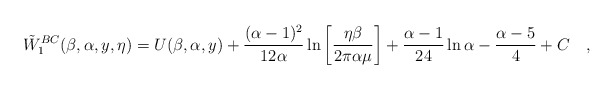
\begin{align*}\tilde{W}_1^{BC}(\beta,\alpha,y,\eta) =U(\beta,\alpha,y) + { (\alpha - 1)^2 \over 12 \alpha} \ln\left[{ \eta \beta\over 2 \pi \alpha\mu}\right] + { \alpha -1 \over 24 } \ln \alpha - {\alpha -5\over4} + C ~~~,\end{align*}